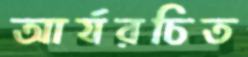
আর্যরচিত